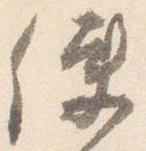
使